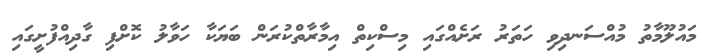
މައުލޫމާތު މުއްސަނދިވި ހަތަރު ރަށެއްގައި މިސްކިތް އިމާރާތްކުރަން ބަޔަކާ ހަވާލު ކޮށްފި ގާދިއްފުށީގައި